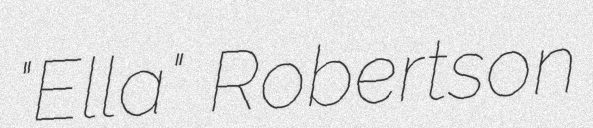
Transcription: "Ella"  Robertson